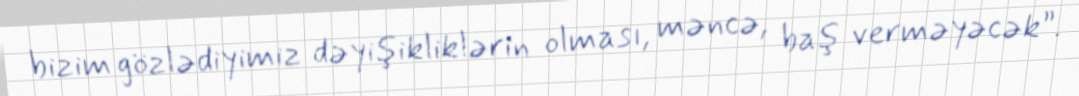
bizim gözlədiyimiz dəyişikliklərin olması, məncə, baş verməyəcək”.